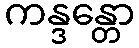
ကန္ဒန္တော